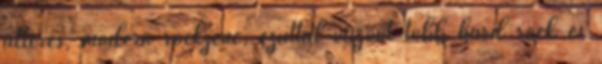
alteres, modern rockzene, ezúttal viszont több hard rock és